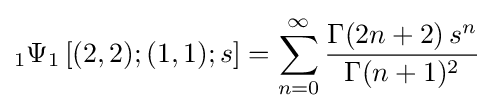
{}_{1}\Psi _{1}\left[(2,2);(1,1);s\right]=\sum _{n=0}^{\infty }{\frac {\Gamma (2n+2)\,s^{n}}{\Gamma (n+1)^{2}}}